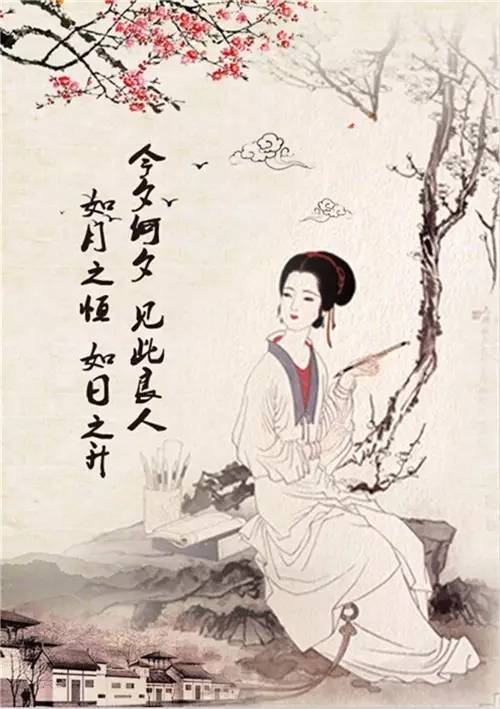
不是暗尘明月，那时元夜。